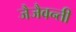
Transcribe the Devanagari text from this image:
जैजैवन्ती